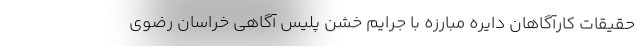
حقیقات کارآگاهان دایره مبارزه با جرایم خشن پلیس آگاهی خراسان رضوی